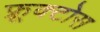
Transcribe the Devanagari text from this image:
फ़्रूक्टोस